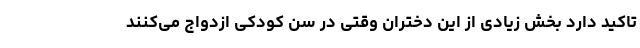
تاکید دارد بخش زیادی از این دختران وقتی در سن کودکی ازدواج می‌کنند